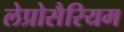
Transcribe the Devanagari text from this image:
लेप्रोसैरियम